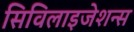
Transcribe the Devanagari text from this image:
सिविलाइजेशन्स